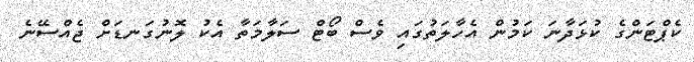
ކެޕްޓަންގެ ކުޅަދާނަ ކަމުން އެހާލަތުގައި ވެސް ބޯޓް ސަލާމަތާ އެކު ލޮނުގަނޑަށް ޖެއްސޭނެ